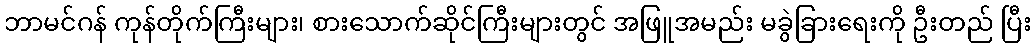
ဘာမင်ဂန် ကုန်တိုက်ကြီးများ၊ စားသောက်ဆိုင်ကြီးများတွင် အဖြူအမည်း မခွဲခြားရေးကို ဦးတည် ပြီး